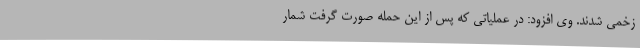
زخمی شدند. وی افزود: در عملیاتی که پس از این حمله صورت گرفت شمار